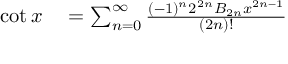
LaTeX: \begin{array} { r l } { \cot x } & { { } { } = \sum _ { n = 0 } ^ { \infty } { \frac { ( - 1 ) ^ { n } 2 ^ { 2 n } B _ { 2 n } x ^ { 2 n - 1 } } { ( 2 n ) ! } } } \end{array}